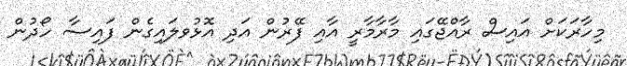
މިހާރަކަށް އައިސް ރާއްޖޭގައި މާރާމާރީ އާއި ފޭރުން އަދި އޮޅުވލައިގެން ފައިސާ ހޯދުން